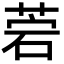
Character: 菪